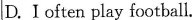
D.I often play football.